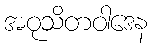
အဝုသိတဝါဒေန